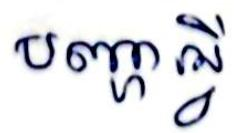
បញ្ហាអ្វី